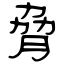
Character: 脅